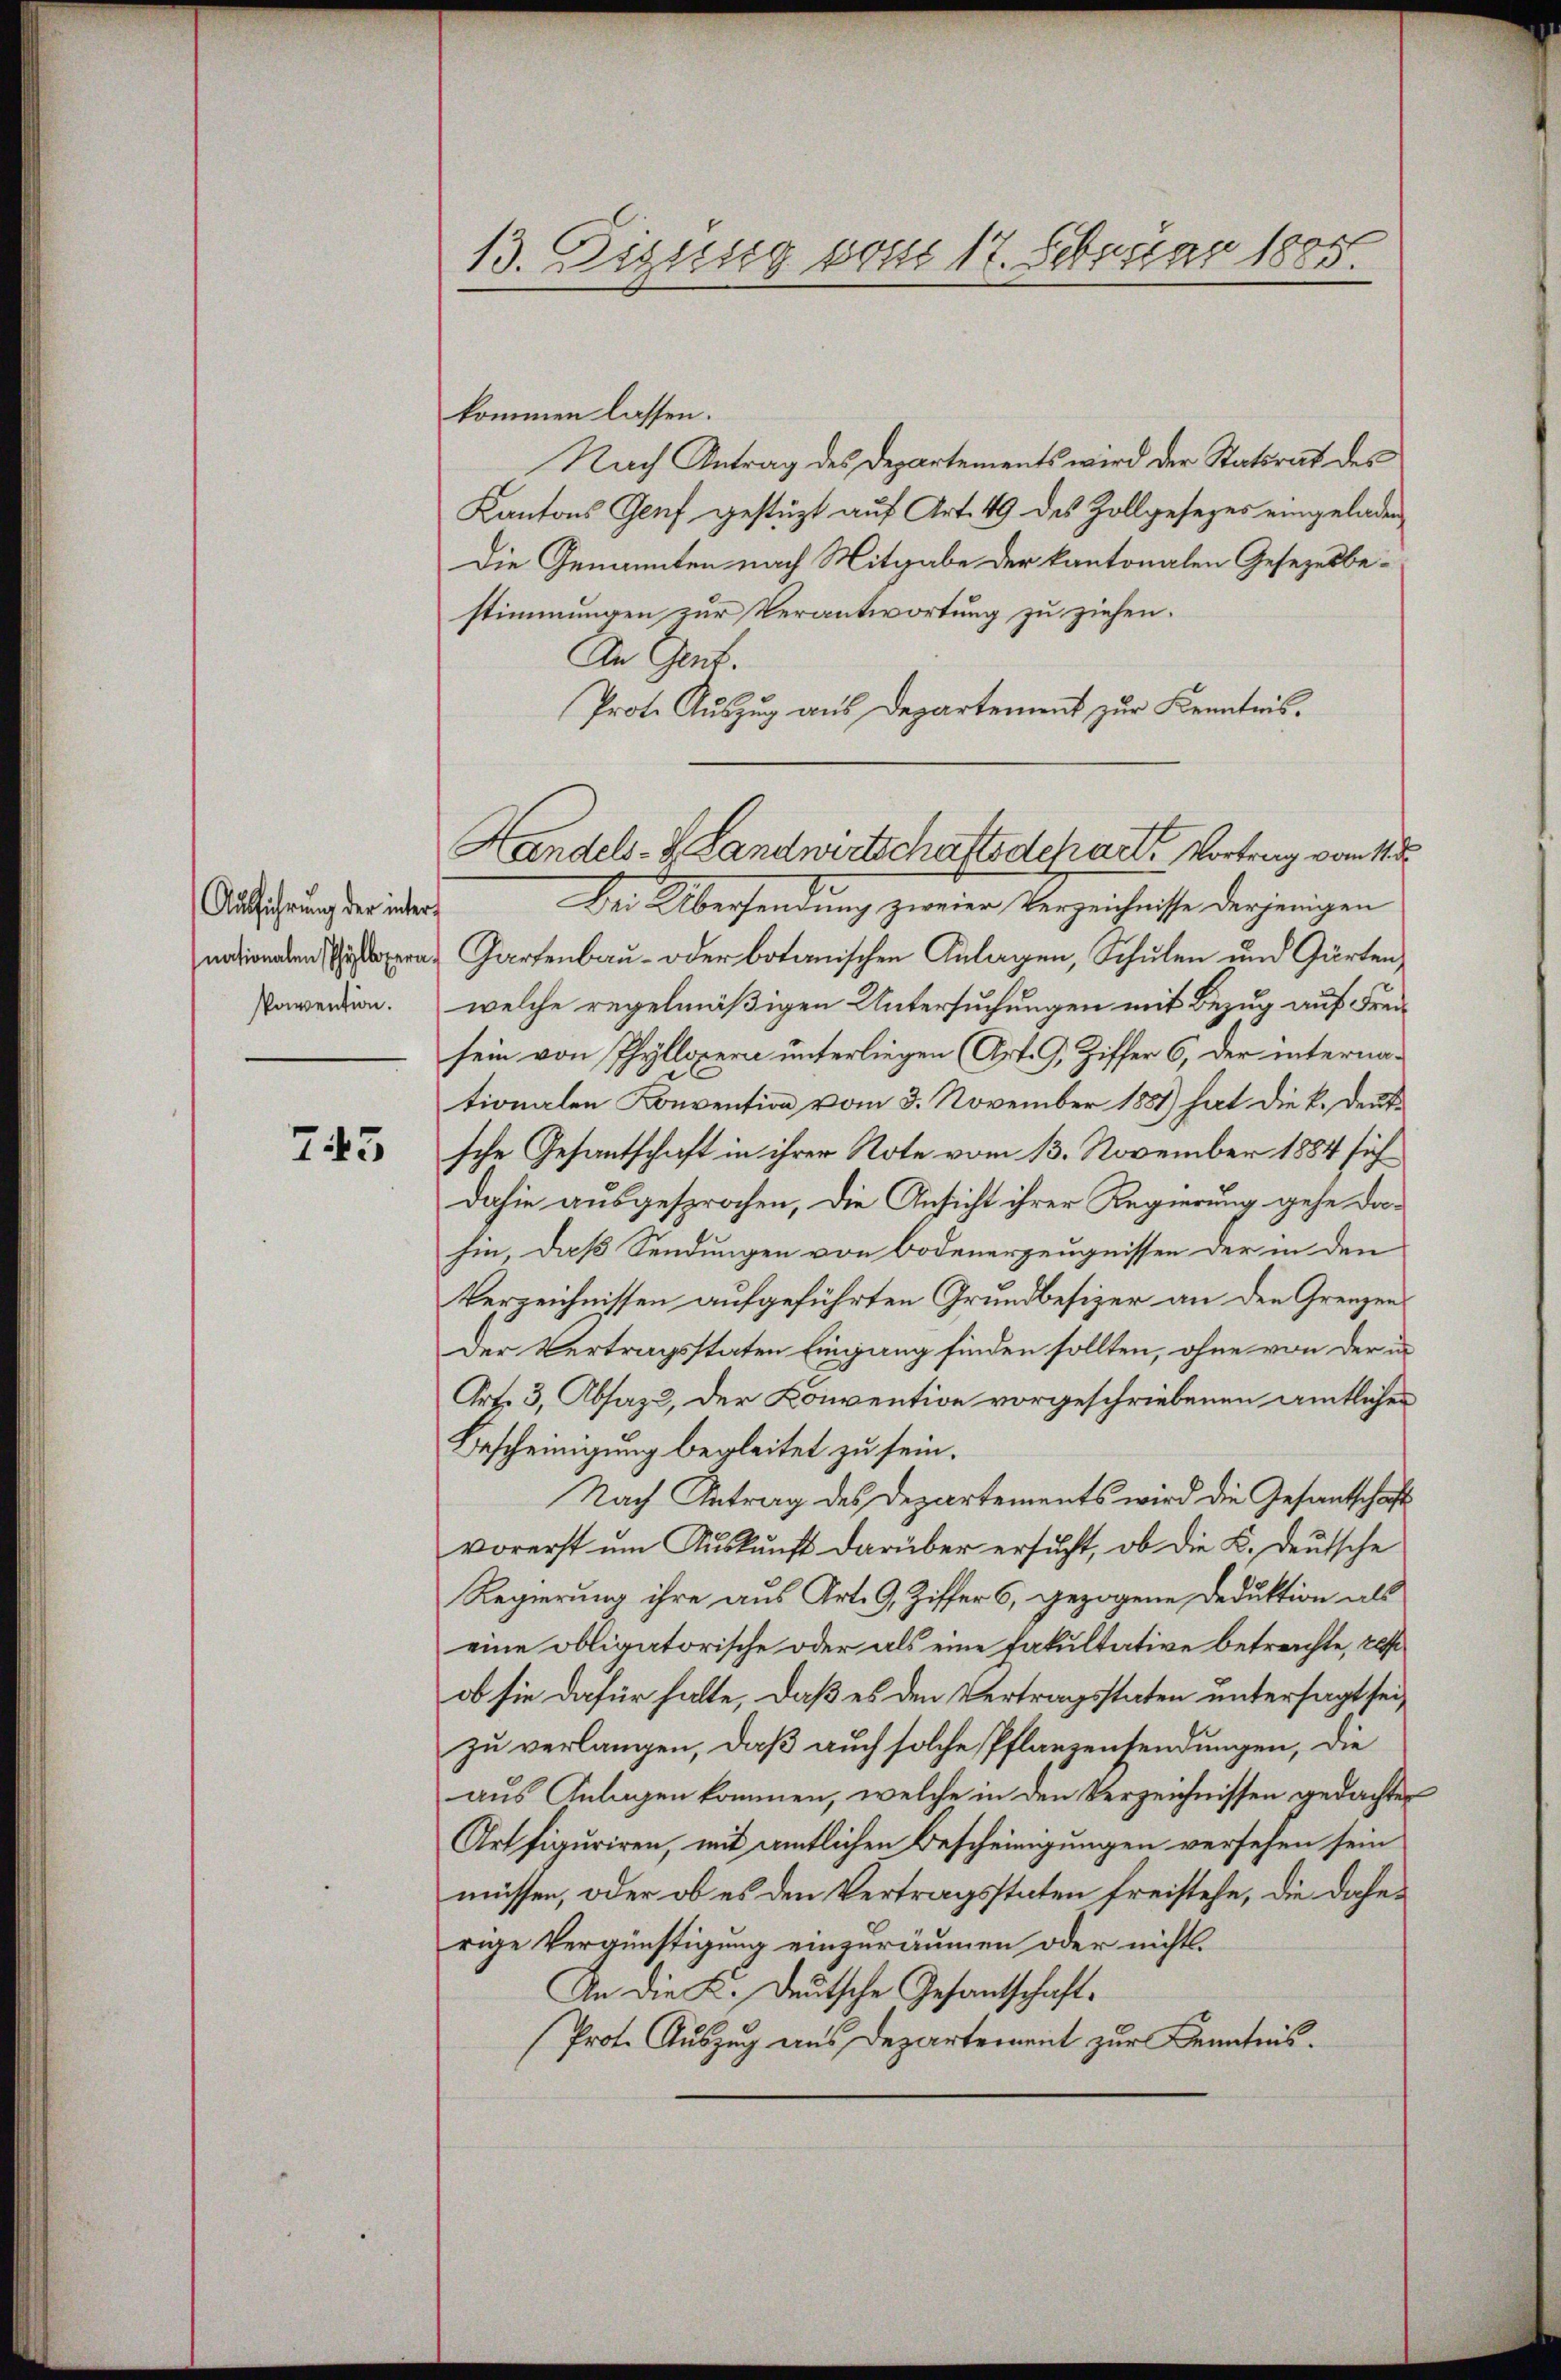
Ausführung der internationalen Phyllopera

743

kommen lassen.
Nach Antrag des Departements wird der Statsrat des
Kantons Genf gestützt auf Art. 49 des Zollgesezes eingeladen
Die Genannten nach Mitgabe der kantonalen Gesetzesbestimmungen zur Verantwortung zu ziehen.
An Gent.
Prote Auszug aus Departement zur Kenntnis.
Dei Übersendung zweier Verzeichnisse derjenigen
Gartenbau- oder botanischen Anlagen, Schulen und Gärten,
Pawerden. welche regelmäßigen Untersuchungen mit Bezug auf Freisein von Phyllopera unterliegen (Art. G. Ziffer 6, der internationalen Konvention vom 3. November 1881) hat die k. Deutsche Gesantschaft in ihrer Note vom 13. November 1884 sich
dahin ausgesprochen, die Ansicht ihrer Regierung gehe dahin, daß Sendungen von Bodenerzeugnissen der in den
Verzeichnissen aufgeführten Grundbesizer an den Grenzen
Der Vertragsstaten Eingang finden sollten, ohne von der un
Art. 3, Absaz, der Konvention vorgeschriebenen amtlicher
Bescheinigung begleitet zu sein.
Nach Antrag des Departements wird die Gesantschaft
vorerst um Auskunft darüber ersucht, ob die K. Deutsche
Regierung ihre aus Art. 9, Ziffers, gezogene Deduktion als
eine obligatorische oder als eine Fakultative betrachte, 20
ob sie dafür hatte, daß es den Vertragsstaten untersagt sei,
zu verlangen, daß auch solche Pflanzensendungen, die
aus Anlagen kommen, welche in den Verzeichnissen gedachten
Art figuriren, mit amtlichen Bescheinigungen versehen sein
müssen, oder ob es den Vertragsstaten freistehe, die daherige Vergünstigung einzuräumen oder nichts.
An die K. Deutsche Gesantschaft¬
Prot. Auszug aus Departement zur Kenntnis.

13. Eigung vom 17. Februar 1885.

Handels- & Landwirtschaftsdchart, Vortrag vom 11t